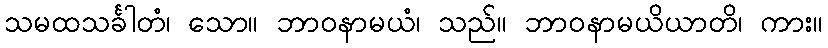
သမထသင်္ခါတံ၊ သော။ ဘာဝနာမယံ၊ သည်။ ဘာဝနာမယိယာတိ၊ ကား။